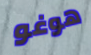
هوغو